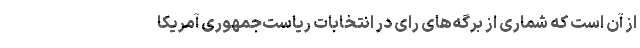
از آن است که شماری از برگه‌های رای در انتخابات ریاست‌جمهوری آمریکا